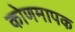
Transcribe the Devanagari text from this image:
कोणमापक